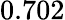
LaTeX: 0.702